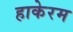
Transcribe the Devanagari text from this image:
हाकेरम